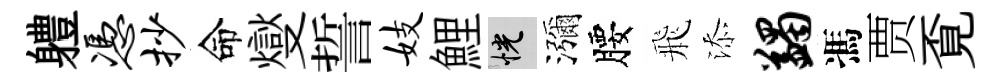
軆凭抄命燮誓妓鯉恍瀰腰飛添蠲馮贾覔